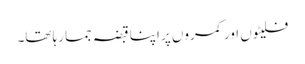
فلیٹوں اور کمروں پر اپنا قبضہ جما رہا تھا۔